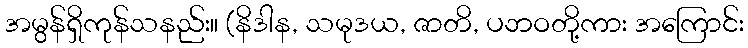
အမွန်ရှိကုန်သနည်း။ (နိဒါန, သမုဒယ, ဇာတိ, ပဘဝတို့ကား အကြောင်း